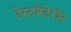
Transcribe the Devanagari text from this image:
टेस्टॉस्टेरॉन